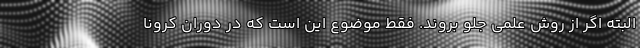
البته اگر از روش علمی جلو بروند. فقط موضوع این است که در دوران کرونا